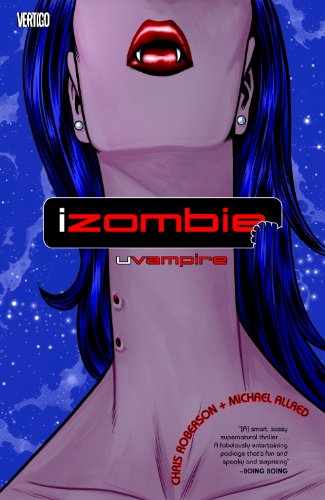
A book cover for uVampire (iZombie); Chris Roberson; Comics & Graphic Novels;